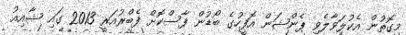
މިގޮތުން އެކުލަވާލެވި ޕެންޝަން އޮފީހުގެ ބޯޑުން ފާސްކޮށް ފެބްރުއަރީ 2013 ގައި ޝާއިއު